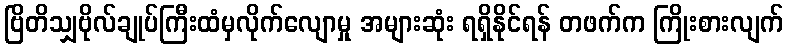
ဗြိတိသျှဗိုလ်ချုပ်ကြီးထံမှလိုက်လျောမှု အများဆုံး ရရှိနိုင်ရန် တဖက်က ကြိုးစားလျက်